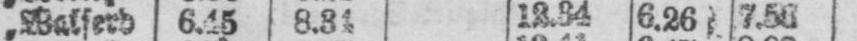
„ Walferd. 6.45 8.31 12.34 6.26 7.56